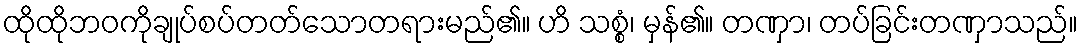
ထိုထိုဘဝကိုချုပ်စပ်တတ်သောတရားမည်၏။ ဟိ သစ္စံ၊ မှန်၏။ တဏှာ၊ တပ်ခြင်းတဏှာသည်။